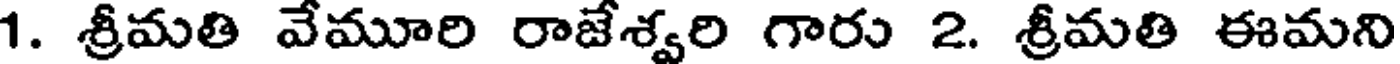
1. శ్రీమతి వేమూరి రాజేశ్వరి గారు 2. శ్రీమతి ఈమని